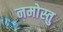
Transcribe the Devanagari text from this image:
नमोस्तु